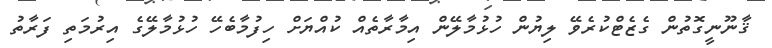
ޤާނޫނީގޮތުން ގެޒެޓްކުރެވޭ ލިޔުން ހުޅުމާލޭން އިމާރާތެއް ކުއްޔަށް ހިފުމާބެހޭ ހުޅުމާލޭގެ އިރުމަތި ފަރާތު